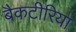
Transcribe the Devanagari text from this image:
बैकटीरिया